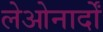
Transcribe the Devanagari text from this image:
लेओनार्दों